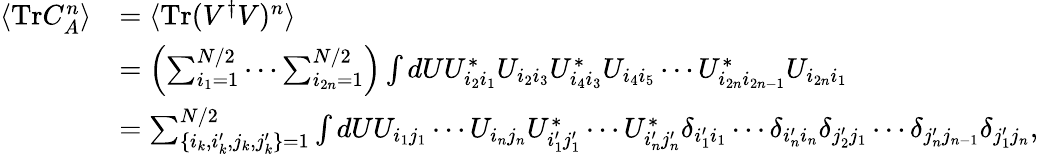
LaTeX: \begin{array}{rl}{\langle\mathrm{Tr}C_{A}^{n}\rangle}&{=\langle\mathrm{Tr}(V^{\dagger}V)^{n}\rangle}\\ &{=\left(\sum_{i_{1}=1}^{N/2}\cdots\sum_{i_{2n}=1}^{N/2}\right)\int dUU_{i_{2}i_{1}}^{*}U_{i_{2}i_{3}}U_{i_{4}i_{3}}^{*}U_{i_{4}i_{5}}\cdots U_{i_{2n}i_{2n-1}}^{*}U_{i_{2n}i_{1}}}\\ &{=\sum_{\{ i_{k},i_{k}^{\prime},j_{k},j_{k}^{\prime}\} =1}^{N/2}\int dUU_{i_{1}j_{1}}\cdots U_{i_{n}j_{n}}U_{i_{1}^{\prime}j_{1}^{\prime}}^{*}\cdots U_{i_{n}^{\prime}j_{n}^{\prime}}^{*}\delta_{i_{1}^{\prime}i_{1}}\cdots\delta_{i_{n}^{\prime}i_{n}}\delta_{j_{2}^{\prime}j_{1}}\cdots\delta_{j_{n}^{\prime}j_{n-1}}\delta_{j_{1}^{\prime}j_{n}},}\end{array}